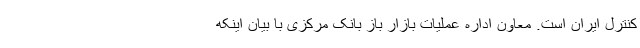
کنترل ایران است. معاون اداره عملیات بازار باز بانک مرکزی با بیان اینکه